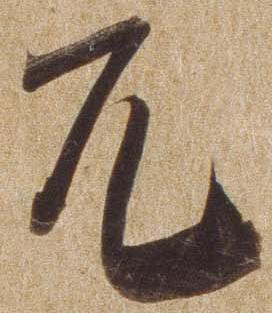
兀